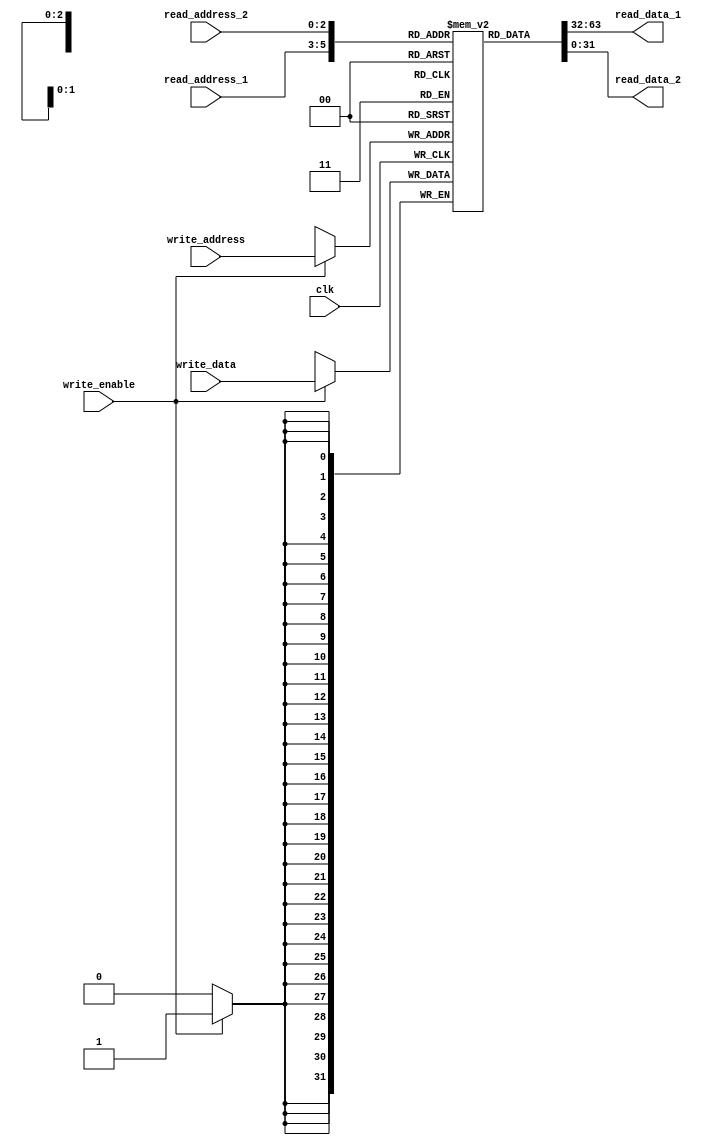
`timescale 1ns / 1ps

module registerBank
#(parameter address_length = 3)
	(
	input wire [address_length - 1 : 0] read_address_1,
	input wire [address_length - 1 : 0] read_address_2,
	input wire [address_length - 1 : 0] write_address,
	input wire [31 : 0] write_data,
	input wire write_enable, 
	input wire clk,
	
	output reg [31 : 0] read_data_1,
	output reg [31 : 0] read_data_2
    );
	
	localparam number_of_registers = 2**address_length;
	
	reg [31 : 0] memory [number_of_registers - 1 : 0];
	
	always @ (read_address_1, read_address_2)
	begin
		read_data_1 <= memory[read_address_1];
		read_data_2 <= memory[read_address_2];
	end
	
	always @ (posedge clk)
	begin
		if(write_enable)
		begin
			memory[write_address] <= write_data;
		end
	end
	
endmodule